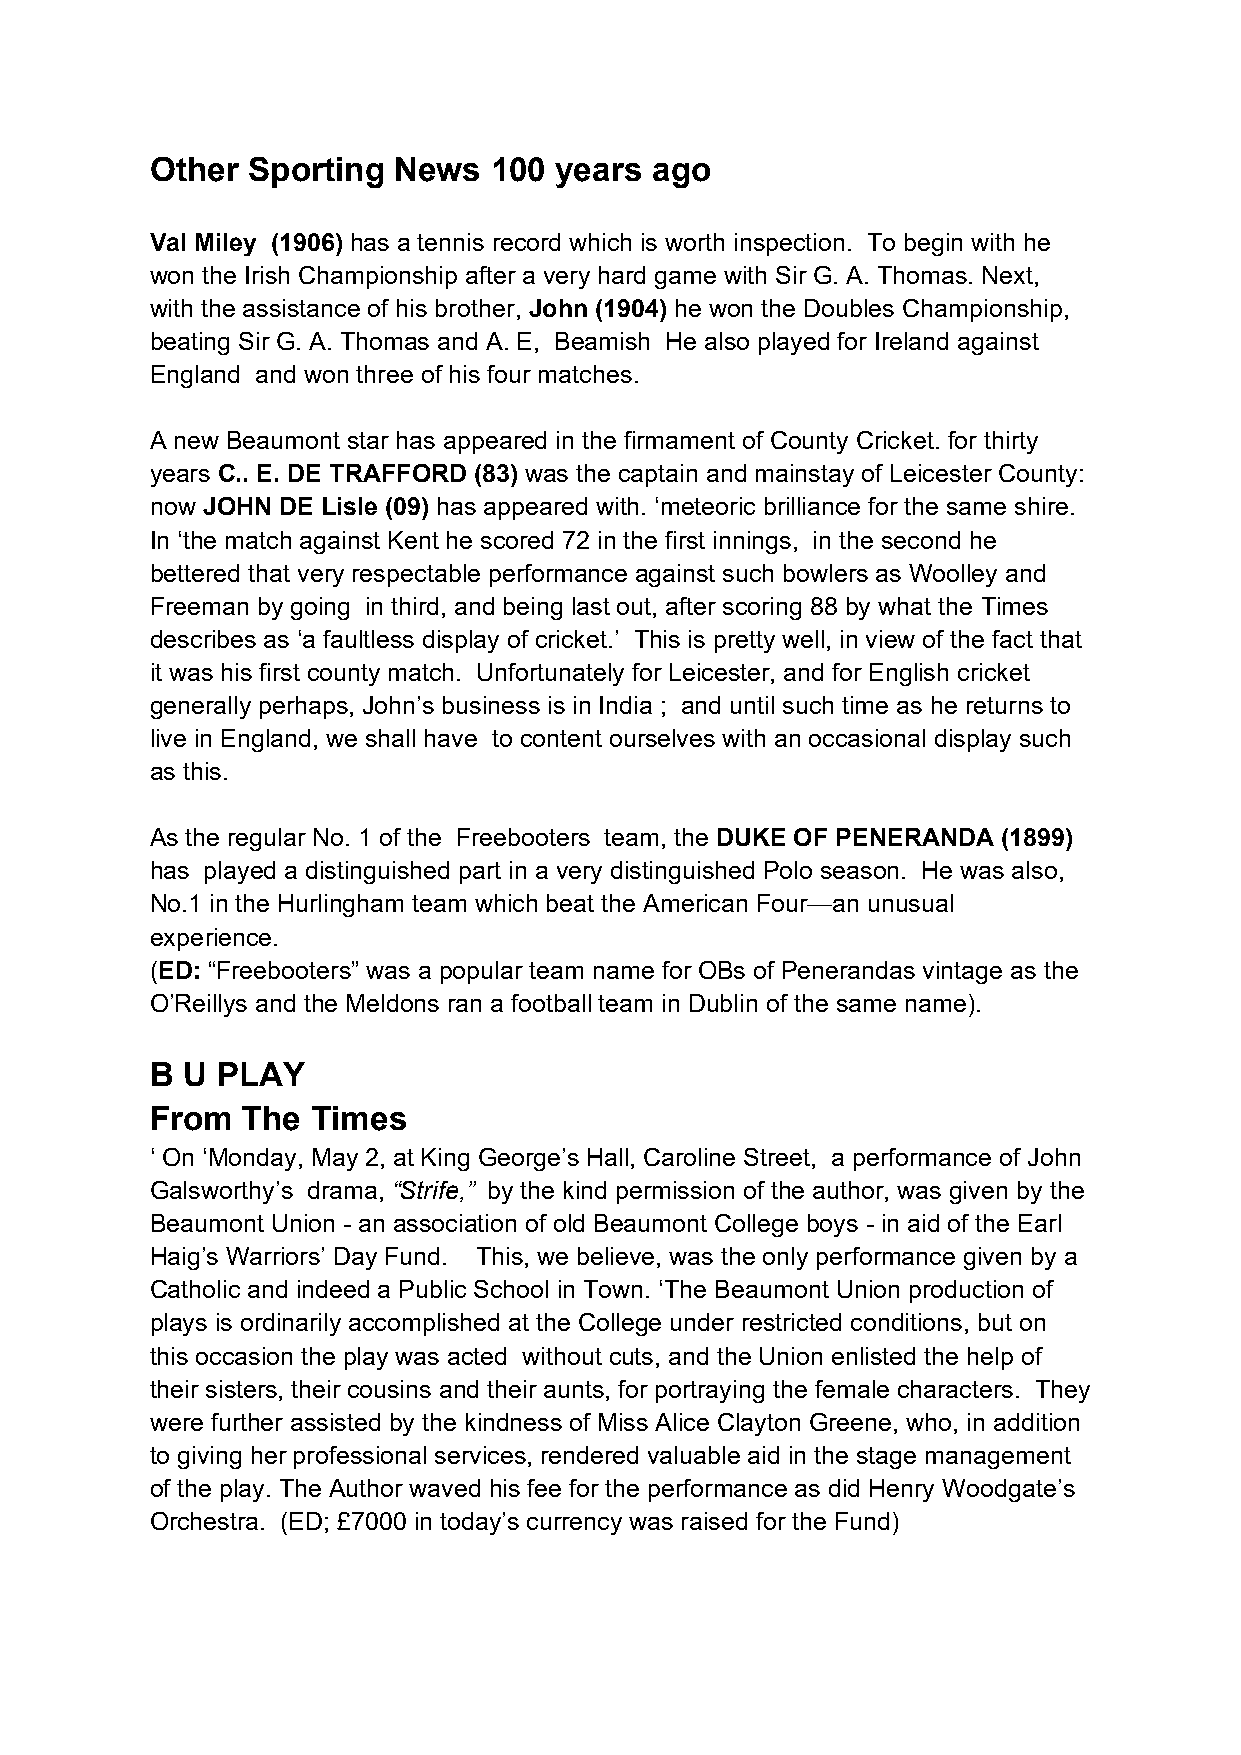
Other Sporting  News   100 years ago
 Val Miley (1906) has a tennis record which is worth inspection. To begin with he
 won the Irish Championship after a very hard game with Sir G. A. Thomas. Next,
 with the assistance of his brother, John (1904) he won the Doubles Championship,
 beating Sir G. A. Thomas and A. E, Beamish He also played for Ireland against
 England and won three of his four matches.
 A new Beaumont star has appeared in the firmament of County Cricket. for thirty
 years C.. E. DE TRAFFORD (83) was the captain and mainstay of Leicester County:
 now JOHN DE Lisle (09) has appeared with. ‘meteoric brilliance for the same shire.
 In ‘the match against Kent he scored 72 in the first innings, in the second he
 bettered that very respectable performance against such bowlers as Woolley and
 Freeman by going in third, and being last out, after scoring 88 by what the Times
 describes as ‘a faultless display of cricket.’ This is pretty well, in view of the fact that
 it was his first county match. Unfortunately for Leicester, and for English cricket
 generally perhaps, John’s business is in India ; and until such time as he returns to
 live in England, we shall have to content ourselves with an occasional display such
 as this.
 As the regular No. 1 of the Freebooters team, the DUKE OF PENERANDA (1899)
 has played a distinguished part in a very distinguished Polo season. He was also,
 No.1 in the Hurlingham team which beat the American Four—an unusual
 experience.
 (ED: “Freebooters” was a popular team name for OBs of Penerandas vintage as the
 O’Reillys and the Meldons ran a football team in Dublin of the same name).
 B U PLAY
 From  The  Times
 ‘ On ‘Monday, May 2, at King George’s Hall, Caroline Street, a performance of John
 Galsworthy’s drama, “Strife,” by the kind permission of the author, was given by the
 Beaumont Union - an association of old Beaumont College boys - in aid of the Earl
 Haig’s Warriors’ Day Fund. This, we believe, was the only performance given by a
 Catholic and indeed a Public School in Town. ‘The Beaumont Union production of
 plays is ordinarily accomplished at the College under restricted conditions, but on
 this occasion the play was acted without cuts, and the Union enlisted the help of
 their sisters, their cousins and their aunts, for portraying the female characters. They
 were further assisted by the kindness of Miss Alice Clayton Greene, who, in addition
 to giving her professional services, rendered valuable aid in the stage management
 of the play. The Author waved his fee for the performance as did Henry Woodgate’s
 Orchestra. (ED; £7000 in today’s currency was raised for the Fund)